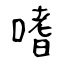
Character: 嗜